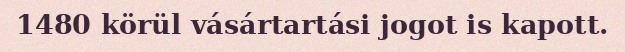
1480 körül vásártartási jogot is kapott.